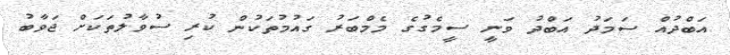
އަބްދުއް ސަމަދު އަބްދު ވަނީ ސީމެގުގެ މެމްބަރު ގައުމުތަކުން ކުރި ސުވާލުތަކަށް ޖަވާބު